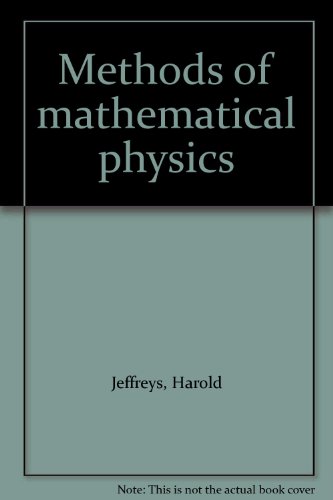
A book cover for Methods of mathematical physics; Harold Jeffreys; Science & Math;